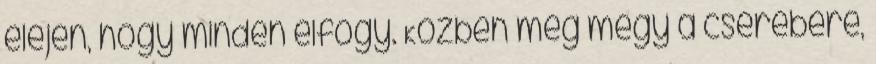
elején, hogy minden elfogy. Közben meg megy a cserebere,